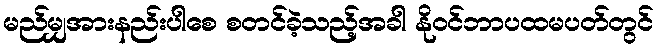
မည်မျှအားနည်းပါစေ စတင်ခဲ့သည့်အခါ နိုဝင်ဘာပထမပတ်တွင်